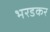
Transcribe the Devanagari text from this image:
भरडकर